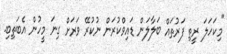
"މިކަހަލަ ރީތި ފަރުތައް ބަލާލަން ޑައިވްކުރަން ނުކުރޭ ވަރަށް ގިނަ މީހުން އެބަތިބި.